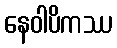
နေဝါပိကဿ